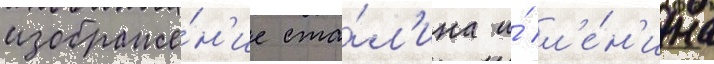
изображе́н'ие ста́л'ина и́ л'е́н'ина